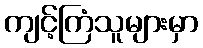
ကျင့်ကြံသူများမှာ